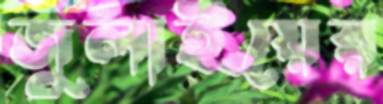
জুলাইয়ের